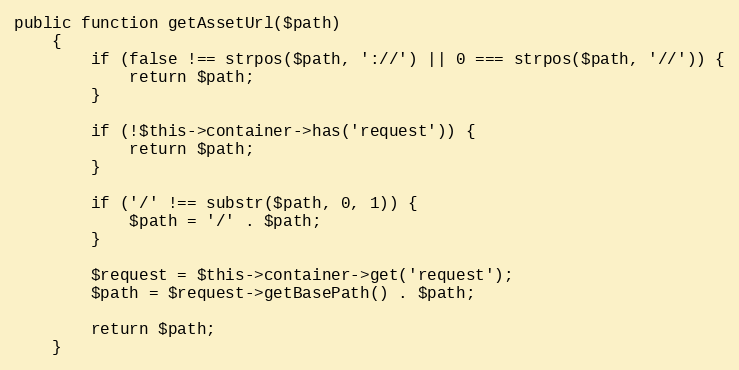
Language: PHP
public function getAssetUrl($path)
    {
        if (false !== strpos($path, '://') || 0 === strpos($path, '//')) {
            return $path;
        }

        if (!$this->container->has('request')) {
            return $path;
        }

        if ('/' !== substr($path, 0, 1)) {
            $path = '/' . $path;
        }

        $request = $this->container->get('request');
        $path = $request->getBasePath() . $path;

        return $path;
    }